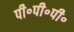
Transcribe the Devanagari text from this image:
पी॰पी॰पी॰